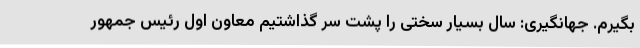
بگیرم. جهانگیری: سال بسیار سختی را پشت سر گذاشتیم معاون اول رئیس جمهور